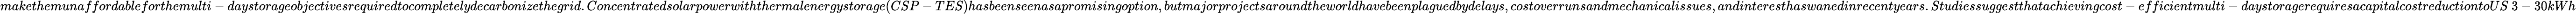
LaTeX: makethemunaffordableforthemulti-daystorageobjectivesrequiredtocompletelydecarbonizethegrid.Concentratedsolarpowerwiththermalenergystorage(CSP-TES)hasbeenseenasapromisingoption,butmajorprojectsaroundtheworldhavebeenplaguedbydelays,costoverrunsandmechanicalissues,andinteresthaswanedinrecentyears.Studiessuggestthatachievingcost-efficientmulti-daystoragerequiresacapitalcostreductiontoUS\ 3-30kWh